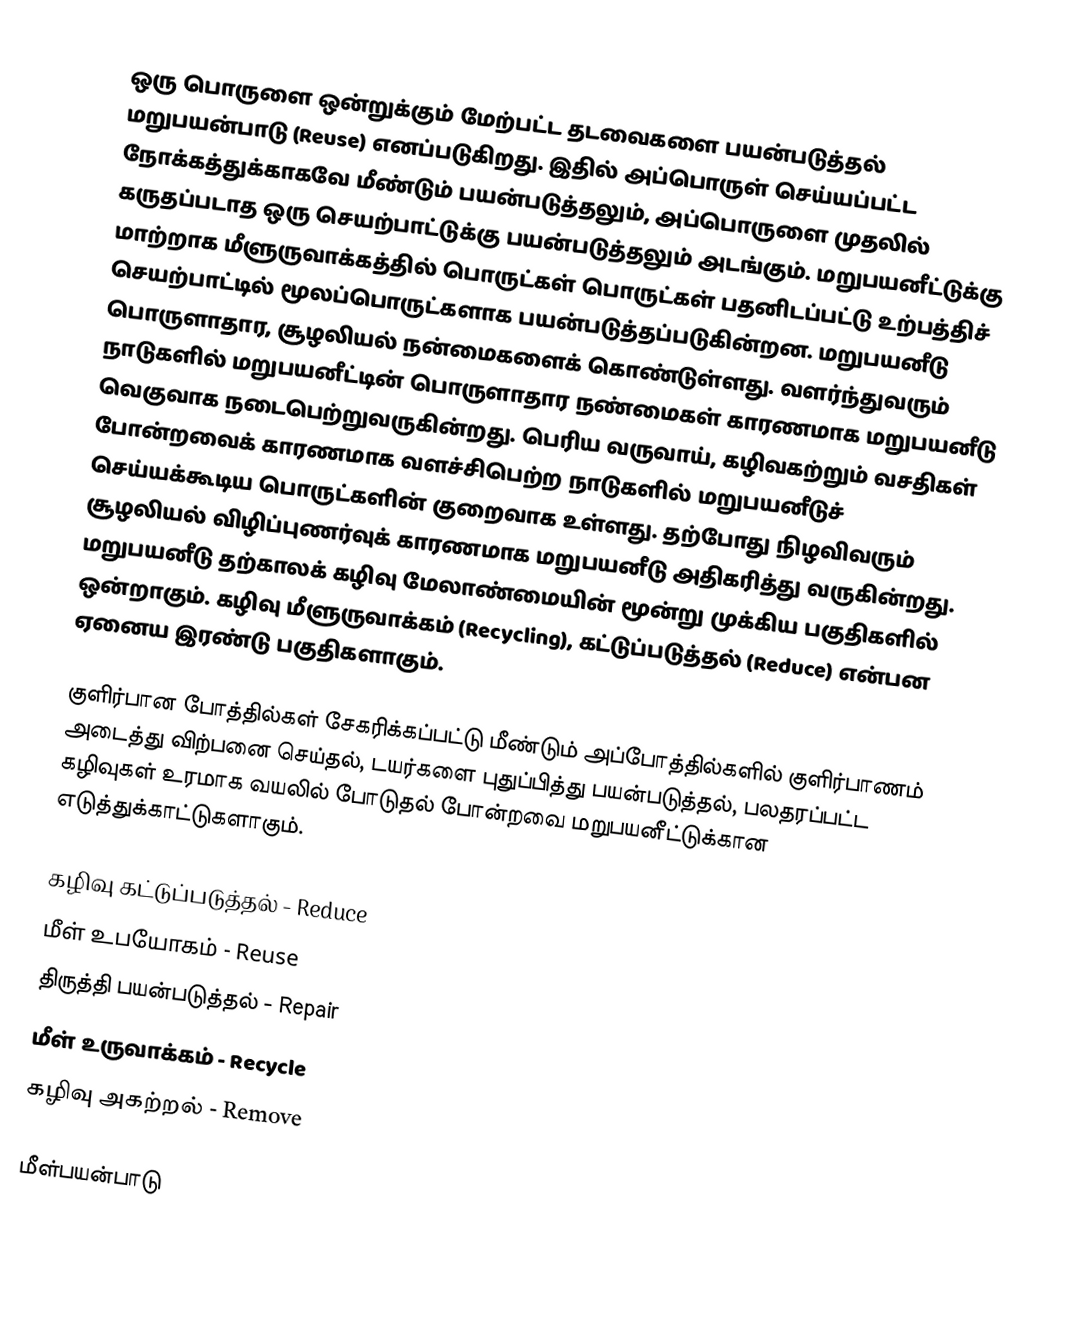
ஒரு பொருளை ஒன்றுக்கும் மேற்பட்ட தடவைகளை பயன்படுத்தல் மறுபயன்பாடு (Reuse) எனப்படுகிறது. இதில் அப்பொருள் செய்யப்பட்ட நோக்கத்துக்காகவே மீண்டும் பயன்படுத்தலும், அப்பொருளை முதலில் கருதப்படாத ஒரு செயற்பாட்டுக்கு பயன்படுத்தலும் அடங்கும். மறுபயனீட்டுக்கு மாற்றாக மீளுருவாக்கத்தில் பொருட்கள் பொருட்கள் பதனிடப்பட்டு உற்பத்திச் செயற்பாட்டில் மூலப்பொருட்களாக பயன்படுத்தப்படுகின்றன. மறுபயனீடு பொருளாதார, சூழலியல் நன்மைகளைக் கொண்டுள்ளது. வளர்ந்துவரும் நாடுகளில் மறுபயனீட்டின் பொருளாதார நண்மைகள் காரணமாக மறுபயனீடு வெகுவாக நடைபெற்றுவருகின்றது. பெரிய வருவாய், கழிவகற்றும் வசதிகள் போன்றவைக் காரணமாக வளச்சிபெற்ற நாடுகளில் மறுபயனீடுச் செய்யக்கூடிய பொருட்களின் குறைவாக உள்ளது. தற்போது நிழவிவரும் சூழலியல் விழிப்புணர்வுக் காரணமாக மறுபயனீடு அதிகரித்து வருகின்றது. மறுபயனீடு தற்காலக் கழிவு மேலாண்மையின் மூன்று முக்கிய பகுதிகளில் ஒன்றாகும். கழிவு மீளுருவாக்கம் (Recycling), கட்டுப்படுத்தல் (Reduce) என்பன ஏனைய இரண்டு பகுதிகளாகும்.

குளிர்பான போத்தில்கள் சேகரிக்கப்பட்டு மீண்டும் அப்போத்தில்களில் குளிர்பாணம் அடைத்து விற்பனை செய்தல், டயர்களை புதுப்பித்து பயன்படுத்தல், பலதரப்பட்ட கழிவுகள் உரமாக வயலில் போடுதல் போன்றவை மறுபயனீட்டுக்கான எடுத்துக்காட்டுகளாகும்.

 கழிவு கட்டுப்படுத்தல் - Reduce
 மீள் உபயோகம் - Reuse
 திருத்தி பயன்படுத்தல் - Repair
 மீள் உருவாக்கம் - Recycle
 கழிவு அகற்றல் - Remove

மீள்பயன்பாடு